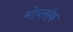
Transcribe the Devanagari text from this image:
मोब्लॉक